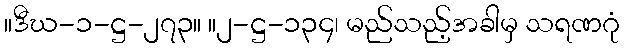
။ဒီဃ-၁-ဋ္ဌ-၂၇၃။ ။၂-ဋ္ဌ-၁၃၄၊ မည်သည့်အခါမှ သရဏဂုံ